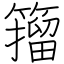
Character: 籀